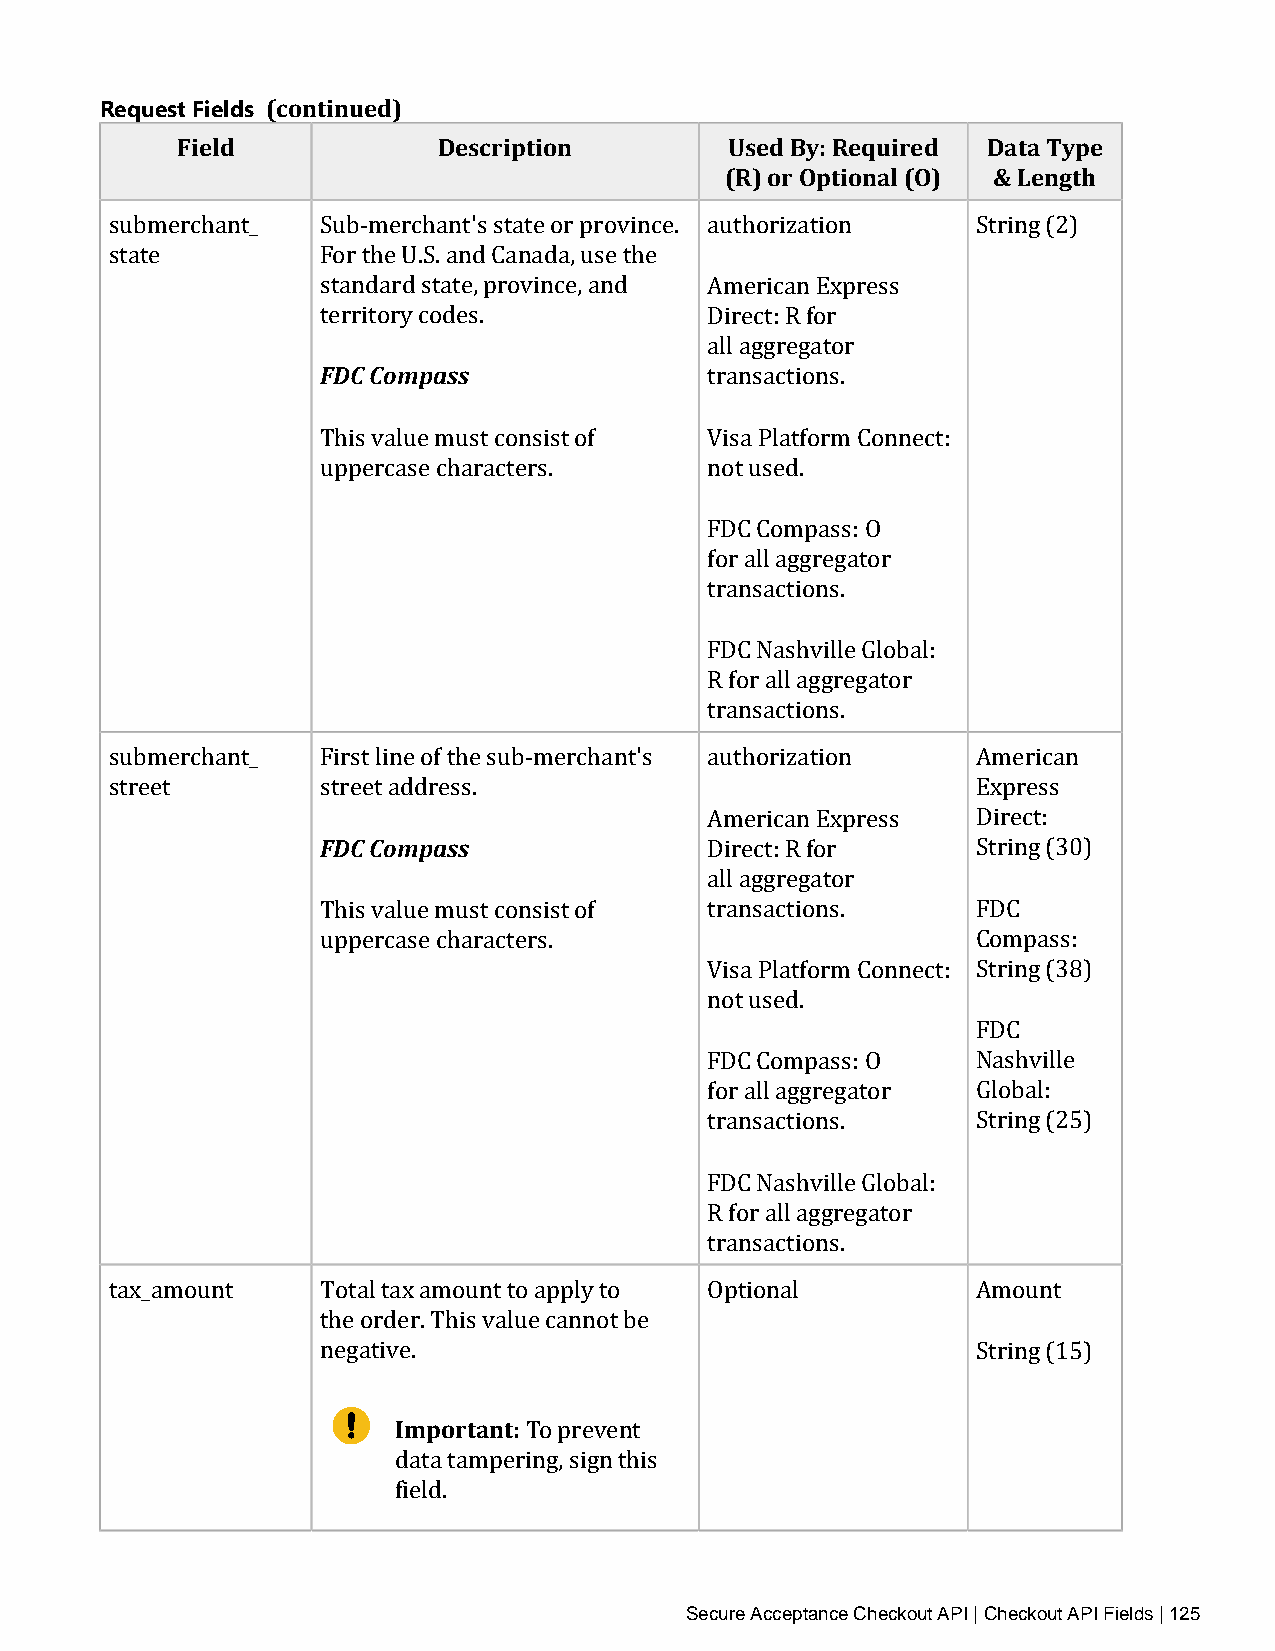
Request Fields (continued)
 Field            Description        Used By: Required Data Type
 (R) or Optional (O) & Length
 submerchant_  Sub‑merchant's state or province. authorization String (2)
 state         For the U.S. and Canada, use the
 standard state, province, and American Express
 t Fe Dr Cri t Co or my c po ad se ss. Direct: R for
 all aggregator
 transactions.
 This value must consist of Visa Platform Connect:
 uppercase characters.     not used.
 FDC Compass: O
 for all aggregator
 transactions.
 FDC Nashville Global:
 R for all aggregator
 transactions.
 submerchant_  First line of the sub‑merchant's authorization American
 street        street address.                             Express
 FDC Compass
 American Express  Direct:
 Direct: R for     String (30)
 all aggregator
 This value must consist of transactions.    FDC
 uppercase characters.                       Compass:
 Visa Platform Connect: String (38)
 not used.
 FDC
 FDC Compass: O    Nashville
 for all aggregator Global:
 transactions.     String (25)
 FDC Nashville Global:
 R for all aggregator
 transactions.
 tax_amount    Total tax amount to apply to Optional       Amount
 the order. This value cannot be
 negative.                                   String (15)
 Important:
 To prevent
 data tampering, sign this
 field.
 Secure Acceptance Checkout API | Checkout API Fields | 125